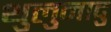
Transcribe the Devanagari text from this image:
थुलुनादु